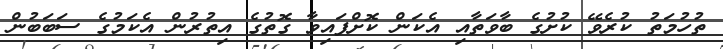
ތުހުމަތު ކުރެވޭ ކުށުގެ ބާވަތާއި އެކަން ކޮށްފައިވާ ގޮތުގެ އިތުރުން އެކަމުގެ ސަބަބުން